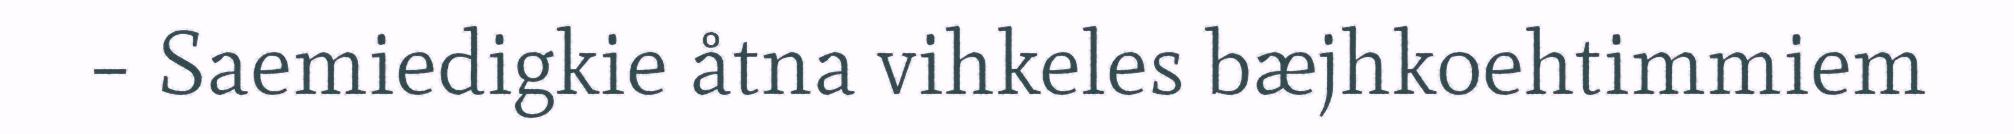
– Saemiedigkie åtna vihkeles bæjhkoehtimmiem